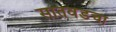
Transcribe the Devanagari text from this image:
सातवडचा